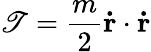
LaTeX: \mathscr{T}={\frac{{m}}{{2}}}\mathbf{{\dot{{r}}}}\cdot\mathbf{{\dot{{r}}}}